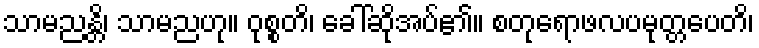
သာမညန္တိ၊ သာမညဟု။ ဝုစ္စတိ၊ ခေါ်ဆိုအပ်၏။ စတုရောဖလပမုတ္တပေတိ၊